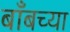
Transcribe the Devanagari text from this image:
बाँबच्या